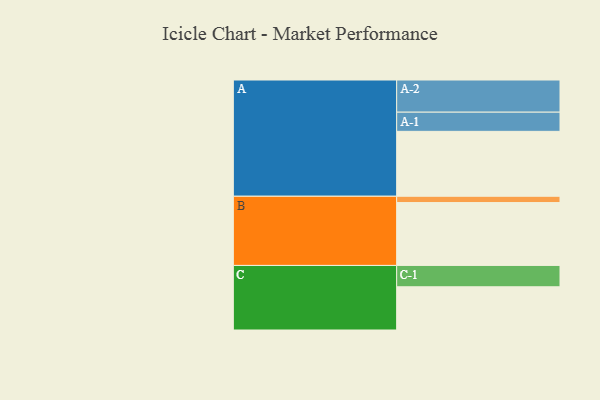
{"axis": {"x": "Segment", "y": "Value"}, "legend": ["", "A", "B", "C"], "data": [{"x": "A", "y": 575, "type": ""}, {"x": "B", "y": 557, "type": ""}, {"x": "C", "y": 383, "type": ""}, {"x": "A-1", "y": 170, "type": "A"}, {"x": "A-2", "y": 285, "type": "A"}, {"x": "B-1", "y": 56, "type": "B"}, {"x": "C-1", "y": 189, "type": "C"}]}